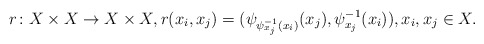
\begin{align*}r\colon X\times X\to X\times X, r(x_i,x_j)=(\psi_{\psi_{x_j}^{-1}(x_i)}(x_j),\psi^{-1}_{x_j}(x_i)),x_i,x_j\in X.\end{align*}